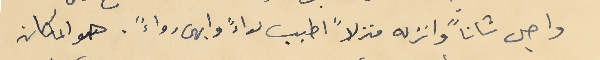
واجل شاناً وانزله منزلاً اطيب لواءً وابهى رواءً. هو المكان